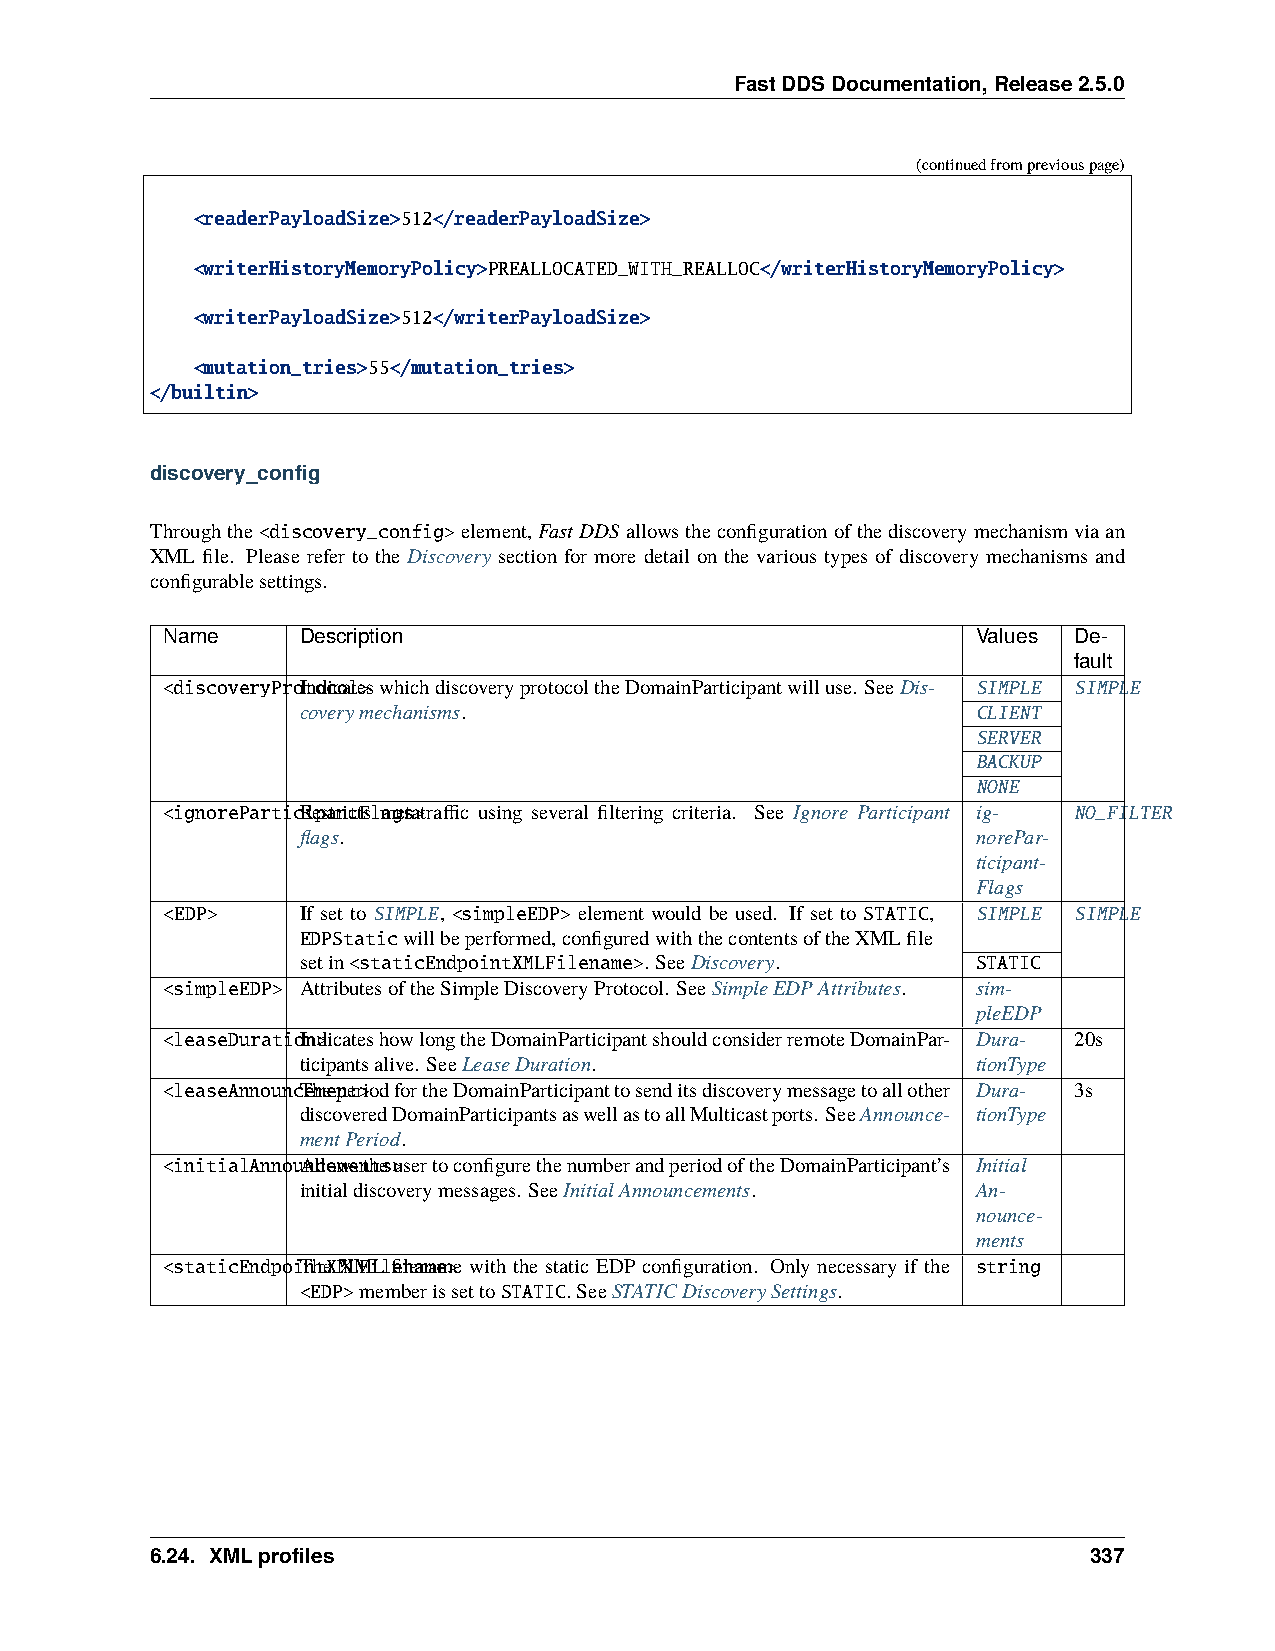
FastDDSDocumentation,Release2.5.0
 (continuedfrompreviouspage)
 <readerPayloadSize>512</readerPayloadSize>
 <writerHistoryMemoryPolicy>PREALLOCATED_WITH_REALLOC</writerHistoryMemoryPolicy>
 <writerPayloadSize>512</writerPayloadSize>
 <mutation_tries>55</mutation_tries>
 </builtin>
 discovery_config
 Throughthe<discovery_config>element,FastDDS allowstheconfigurationofthediscoverymechanismviaan
 XML file. Please refer to the Discovery section for more detail on the various types of discovery mechanisms and
 configurablesettings.
 Name     Description                                  Values De-
 fault
 <discoveryProItnodcicoalte>swhichdiscoveryprotocoltheDomainParticipantwilluse. SeeDis- SIMPLE SIMPLE
 coverymechanisms.                            CLIENT
 SERVER
 BACKUP
 NONE
 <ignoreParticRiepsatrnitctFslmagesta>traffic using several filtering criteria. See Ignore Participant ig- NO_FILTER
 flags.                                       norePar-
 ticipant-
 Flags
 <EDP>    If set to SIMPLE, <simpleEDP> element would be used. If set to STATIC, SIMPLE SIMPLE
 EDPStaticwillbeperformed,configuredwiththecontentsoftheXMLfile
 setin<staticEndpointXMLFilename>. SeeDiscovery. STATIC
 <simpleEDP> AttributesoftheSimpleDiscoveryProtocol. SeeSimpleEDPAttributes. sim-
 pleEDP
 <leaseDuratioInn>dicateshowlongtheDomainParticipantshouldconsiderremoteDomainPar- Dura- 20s
 ticipantsalive. SeeLeaseDuration.            tionType
 <leaseAnnouncTehmeepnetr>iodfortheDomainParticipanttosenditsdiscoverymessagetoallother Dura- 3s
 discoveredDomainParticipantsaswellastoallMulticastports. SeeAnnounce- tionType
 mentPeriod.
 <initialAnnouAnlcloewmesnthtes>usertoconfigurethenumberandperiodoftheDomainParticipant’s Initial
 initialdiscoverymessages. SeeInitialAnnouncements. An-
 nounce-
 ments
 <staticEndpoiTnhteXMXLMFiLlfienleanmaem>e with the static EDP configuration. Only necessary if the string
 <EDP>memberissettoSTATIC.SeeSTATICDiscoverySettings.
 6.24. XMLprofiles                                             337